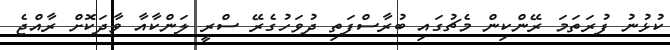
ކުޅުނު ފުރަތަމަ ރޭންކިން މެޗުގައި ބުރާސްފަތި ދުވަހުގެރޭ ސްރީ ލަންކާއާ ވާދަކޮށް ރާއްޖެ